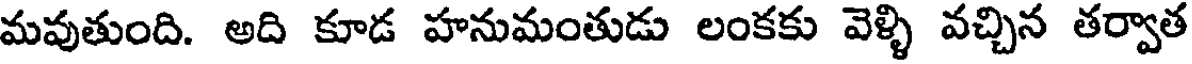
మవుతుంది. అది కూడ హనుమంతుడు లంకకు వెళ్ళి వచ్చిన తర్వాత